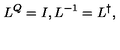
L ^ { Q } = I , L ^ { - 1 } = L ^ { \dagger } ,